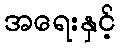
အရေးနှင့်